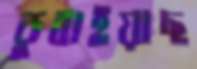
ডুবাইয়াছ